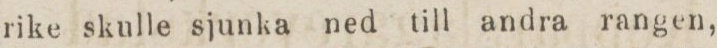
rike skulle sjunka ned till andra rangen,